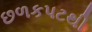
છળકપટથી